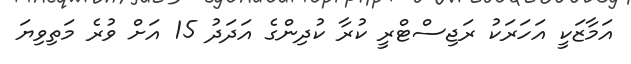
އަމާޒަކީ އަހަރަކު ރަޖިސްޓްރީ ކުރާ ކުދިންގެ އަދަދު 15 އަށް ވުރެ މަތިވިޔަ